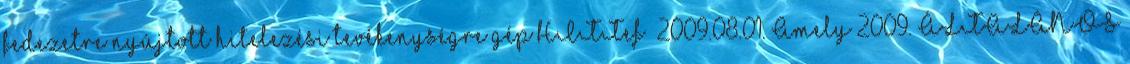
fedezetre nyújtott hitelezési tevékenységre gép HITTef 2009.08.01. Amely 2009. ÁLTALÁNOS